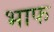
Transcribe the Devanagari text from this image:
भाफ